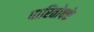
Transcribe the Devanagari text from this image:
पारितोषके